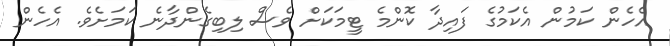
އެހެން ކަމުން އެކަމުގެ ފައިދާ ކޮންމެ ޓީމަކަށް ވެސް ލިބިގެންދާނެ ކަމަށެވެ. އެހެން